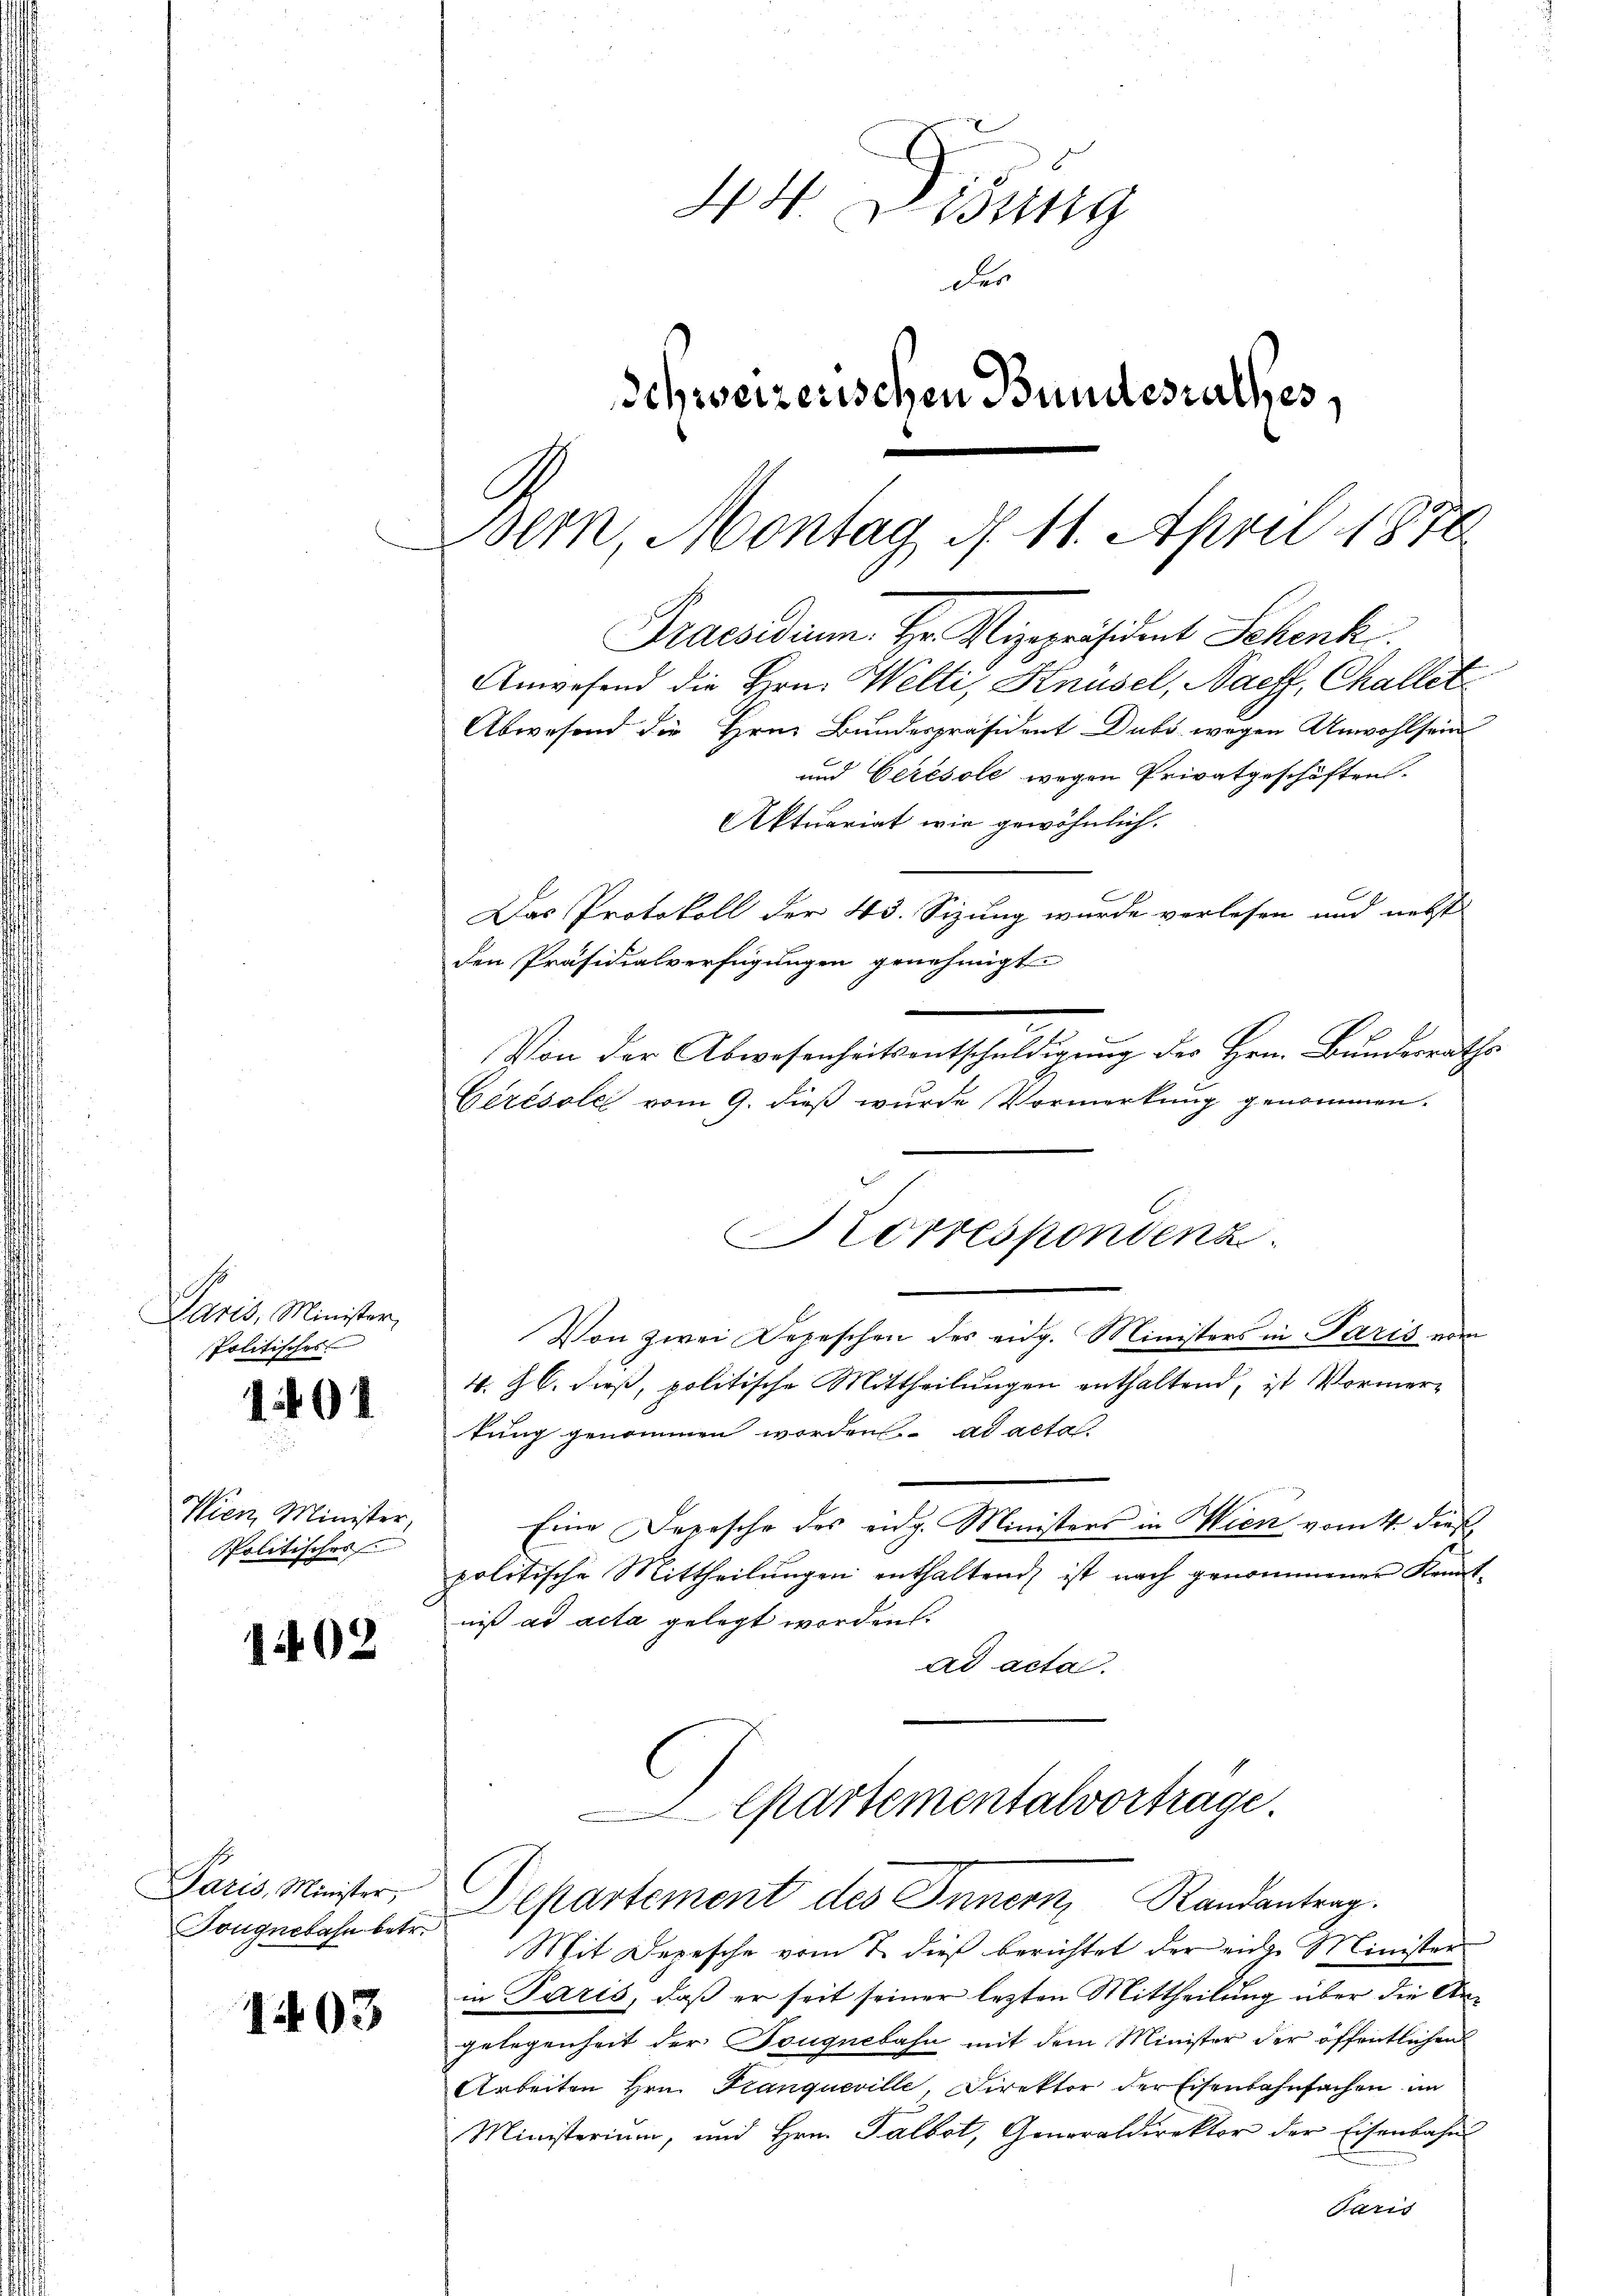
Paris, Minister,
Politischer

1401

Wien, Minister
Politisches

1402

Paris, Minister,
Tougnebahn betr.

1403

44. Disung
der
Schweizerischen Bundesrathes,
Bern, Montag d. 11. April 1876

Praesidium. Hr. Vizepräsident Schenk

Anwesend die Hrn. Welti, Knüsel, Naeff, Challet
Abwesend die Hrn. Bundespräsident Dubs wegen Anwohlsein
und Geresole wegen Privatgeschäften.
Aktuariat wie gewöhnlich.
den Präsidialverfügungen genehmigt
Von zwei Depeschen des eng. Ministers in Paris vom
4. Z. dieß, politische Mittheilungen enthaltend, ist Vormertung genommen worden. ad acta.
Eine Depesche des eidg. Ministers in Wien vom 4. dieß
politische Mittheilŭngen enthaltend, ist nach genommener Kennt-
niß ad acta gelegt worden.
ad acta.
Cpartementalvortrage.
Departement des Innern, Randantrag.
Mit Depesche vom 7. dieß berichtet der eige Minister
in Paris, daß er seit seiner lezten Mittheilung über die Angelegenheit der Tougnebahn mit dem Minister der öffentlichen
Arbeiten Hrn. Kanqueville, Direktor der Eisenbahnfachen im
Ministerium, und Hrn. Talbot, Generaldirektor der Eisenbahns
Paris

Das Protokoll der 43. Sizung wurde verlesen und nebst
Von der Abwesenheitsentschuldigung des Hrn. Bundesraths
Cérésole vom 9. dieß wurde Vormerkung genommen.

Korrespondenz.